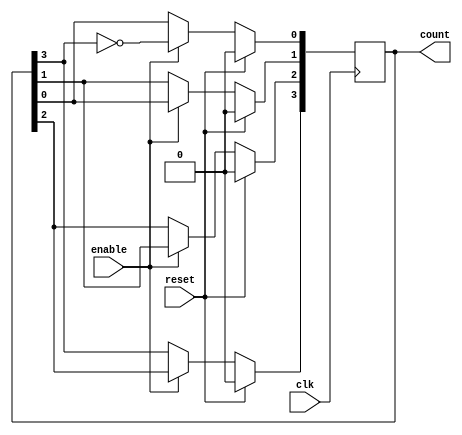
module modified_johnson_counter (
    input wire clk,          // Clock input
    input wire reset,        // Synchronous reset
    input wire enable,       // Enable signal
    output reg [3:0] count   // 4-bit output representing the current state
);

always @(posedge clk) begin
    if (reset) begin
        count <= 4'b0000;    // Reset the counter to 0000
    end else if (enable) begin
        // Modified Johnson Counter logic
        count[0] <= ~count[3]; // Feedback from the last flip-flop
        count[1] <= count[0];
        count[2] <= count[1];
        count[3] <= count[2];
    end
end

endmodule